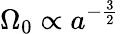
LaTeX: \Omega_{0}\propto a^{-\frac{3}{2}}